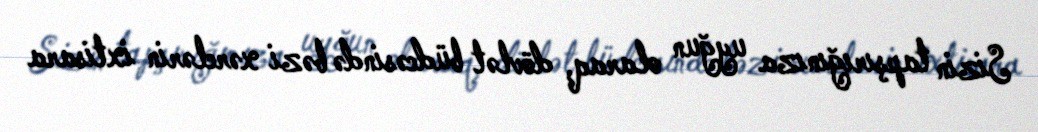
Sizin tapşırığınıza uyğun olaraq, dövlət büdcəsində bəzi xərclərin ixtisara